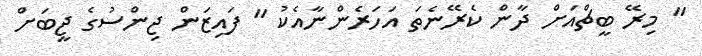
" މިރޭ ބީޗްއަށް ދާން ކެރޭނެތަ އަހަރެންނާއެކު " ފައިޒަން ޖިންސުގެ ޖީބަށް